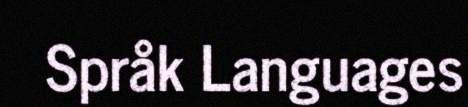
Språk Languages